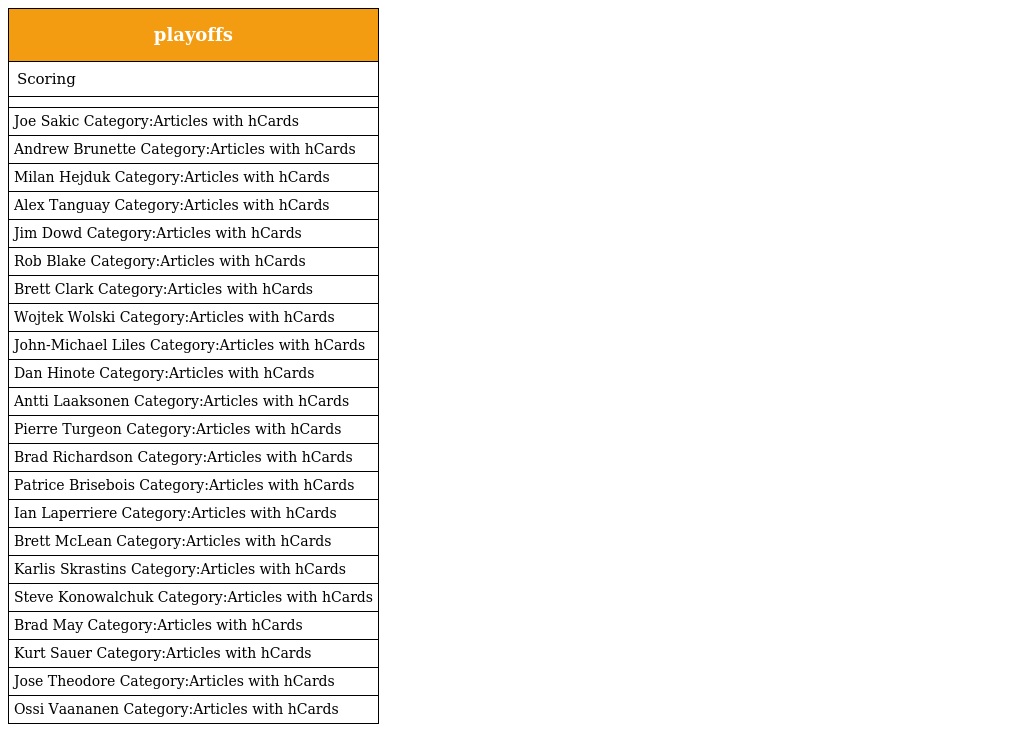
| playoffs |
 | --- |
 | Scoring |
 |  |
 | Joe Sakic Category:Articles with hCards |
 | Andrew Brunette Category:Articles with hCards |
 | Milan Hejduk Category:Articles with hCards |
 | Alex Tanguay Category:Articles with hCards |
 | Jim Dowd Category:Articles with hCards |
 | Rob Blake Category:Articles with hCards |
 | Brett Clark Category:Articles with hCards |
 | Wojtek Wolski Category:Articles with hCards |
 | John-Michael Liles Category:Articles with hCards |
 | Dan Hinote Category:Articles with hCards |
 | Antti Laaksonen Category:Articles with hCards |
 | Pierre Turgeon Category:Articles with hCards |
 | Brad Richardson Category:Articles with hCards |
 | Patrice Brisebois Category:Articles with hCards |
 | Ian Laperriere Category:Articles with hCards |
 | Brett McLean Category:Articles with hCards |
 | Karlis Skrastins Category:Articles with hCards |
 | Steve Konowalchuk Category:Articles with hCards |
 | Brad May Category:Articles with hCards |
 | Kurt Sauer Category:Articles with hCards |
 | Jose Theodore Category:Articles with hCards |
 | Ossi Vaananen Category:Articles with hCards |